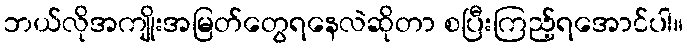
ဘယ်လိုအကျိုးအမြတ်တွေရနေလဲဆိုတာ စပြီးကြည့်ရအောင်ပါ။